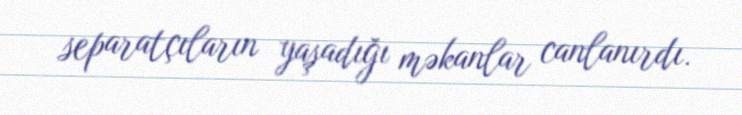
separatçıların yaşadığı məkanlar canlanırdı.